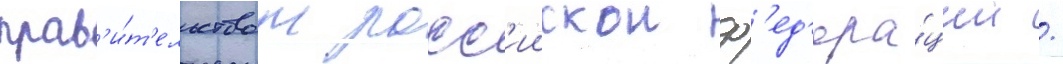
прав'и́т'ельством росс'иискои ф'ед'ера́ции /